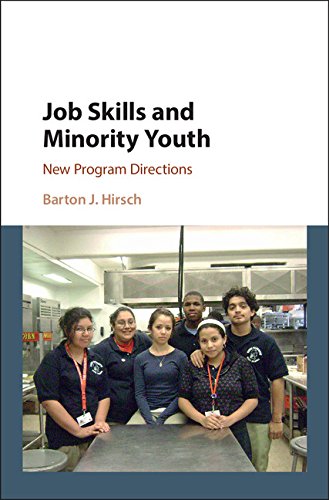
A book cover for Job Skills and Minority Youth: New Program Directions; Barton J. Hirsch; Medical Books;